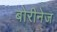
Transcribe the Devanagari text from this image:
बोरीनेज